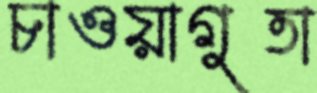
চাওয়াগুতা